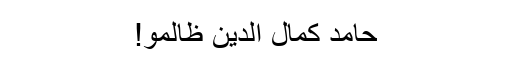
حامد کمال الدین ظالمو!